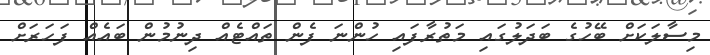
މިސާލަކަށް ބޭހުގެ ބަދަލުގައި މަތުރާފައި ހުންނަ ފެން ތައްޓެއް ދިނުމުން ބައެއް ފަހަރަށް